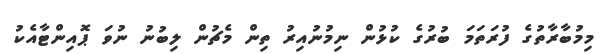
މިމުބާރާތުގެ ފުރަތަމަ ބުރުގެ ކުޅުން ނިމުނުއިރު ތިން މެޗުން ލިބުނު ނުވަ ޕޮއިންޓާއެކު